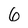
Character: 6